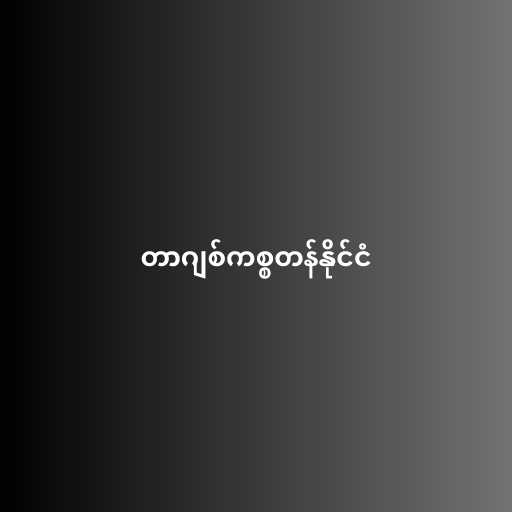
တာဂျစ်ကစ္စတန်နိုင်ငံ